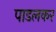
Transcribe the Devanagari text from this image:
पाडलकर